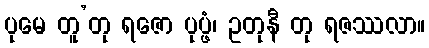
ပုမေ တူ’တု ရဇော ပုပ္ဖံ၊ ဥတုနီ တု ရဇဿလာ။